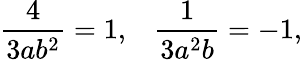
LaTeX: \frac{4}{3ab^{2}}=1,\; \; \; \frac{1}{3a^{2}b}=-1,